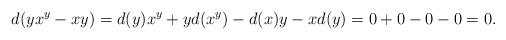
LaTeX: \begin{align*}d(yx^y-xy)=d(y)x^y+yd(x^y)-d(x)y-xd(y)=0+0-0-0=0.\end{align*}